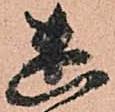
幽